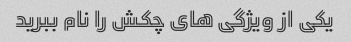
یکی از ویژگی های چکش را نام ببرید